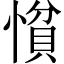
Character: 𢠈